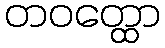
တဝတ္ထော